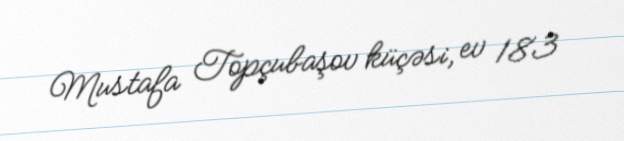
Mustafa Topçubaşov küçəsi, ev 183